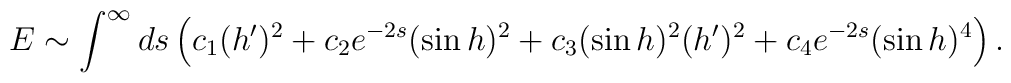
E \sim \int^\infty ds \left( c_1 ( h^\prime)^2 + c_2 e^{-2s} (\sin h)^2 +c_3 (\sin h)^2 (h^\prime)^2 + c_4 e^{-2s}(\sin h)^4\right).